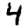
Digit: 4